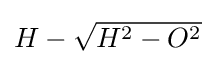
\textstyle H-{\sqrt {H^{2}-O^{2}}}